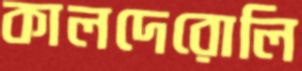
কালদেরোলি